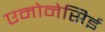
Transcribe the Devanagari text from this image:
एनोनेसिई